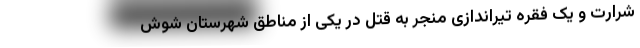
شرارت و یک فقره تیراندازی منجر به قتل در یکی از مناطق شهرستان شوش